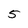
Character: 5